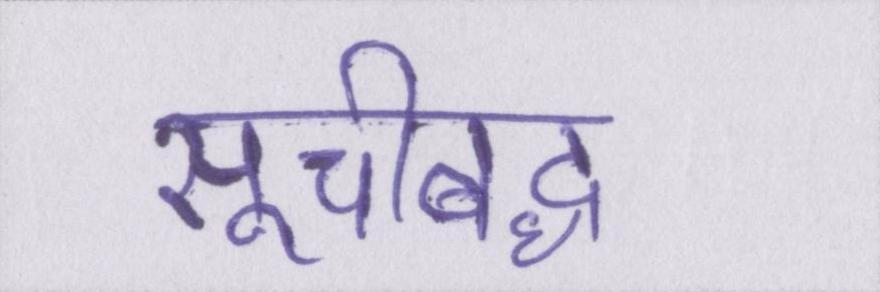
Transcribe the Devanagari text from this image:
सूचीबद्ध